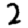
Digit: 2